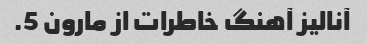
آنالیز آهنگ خاطرات از مارون 5.